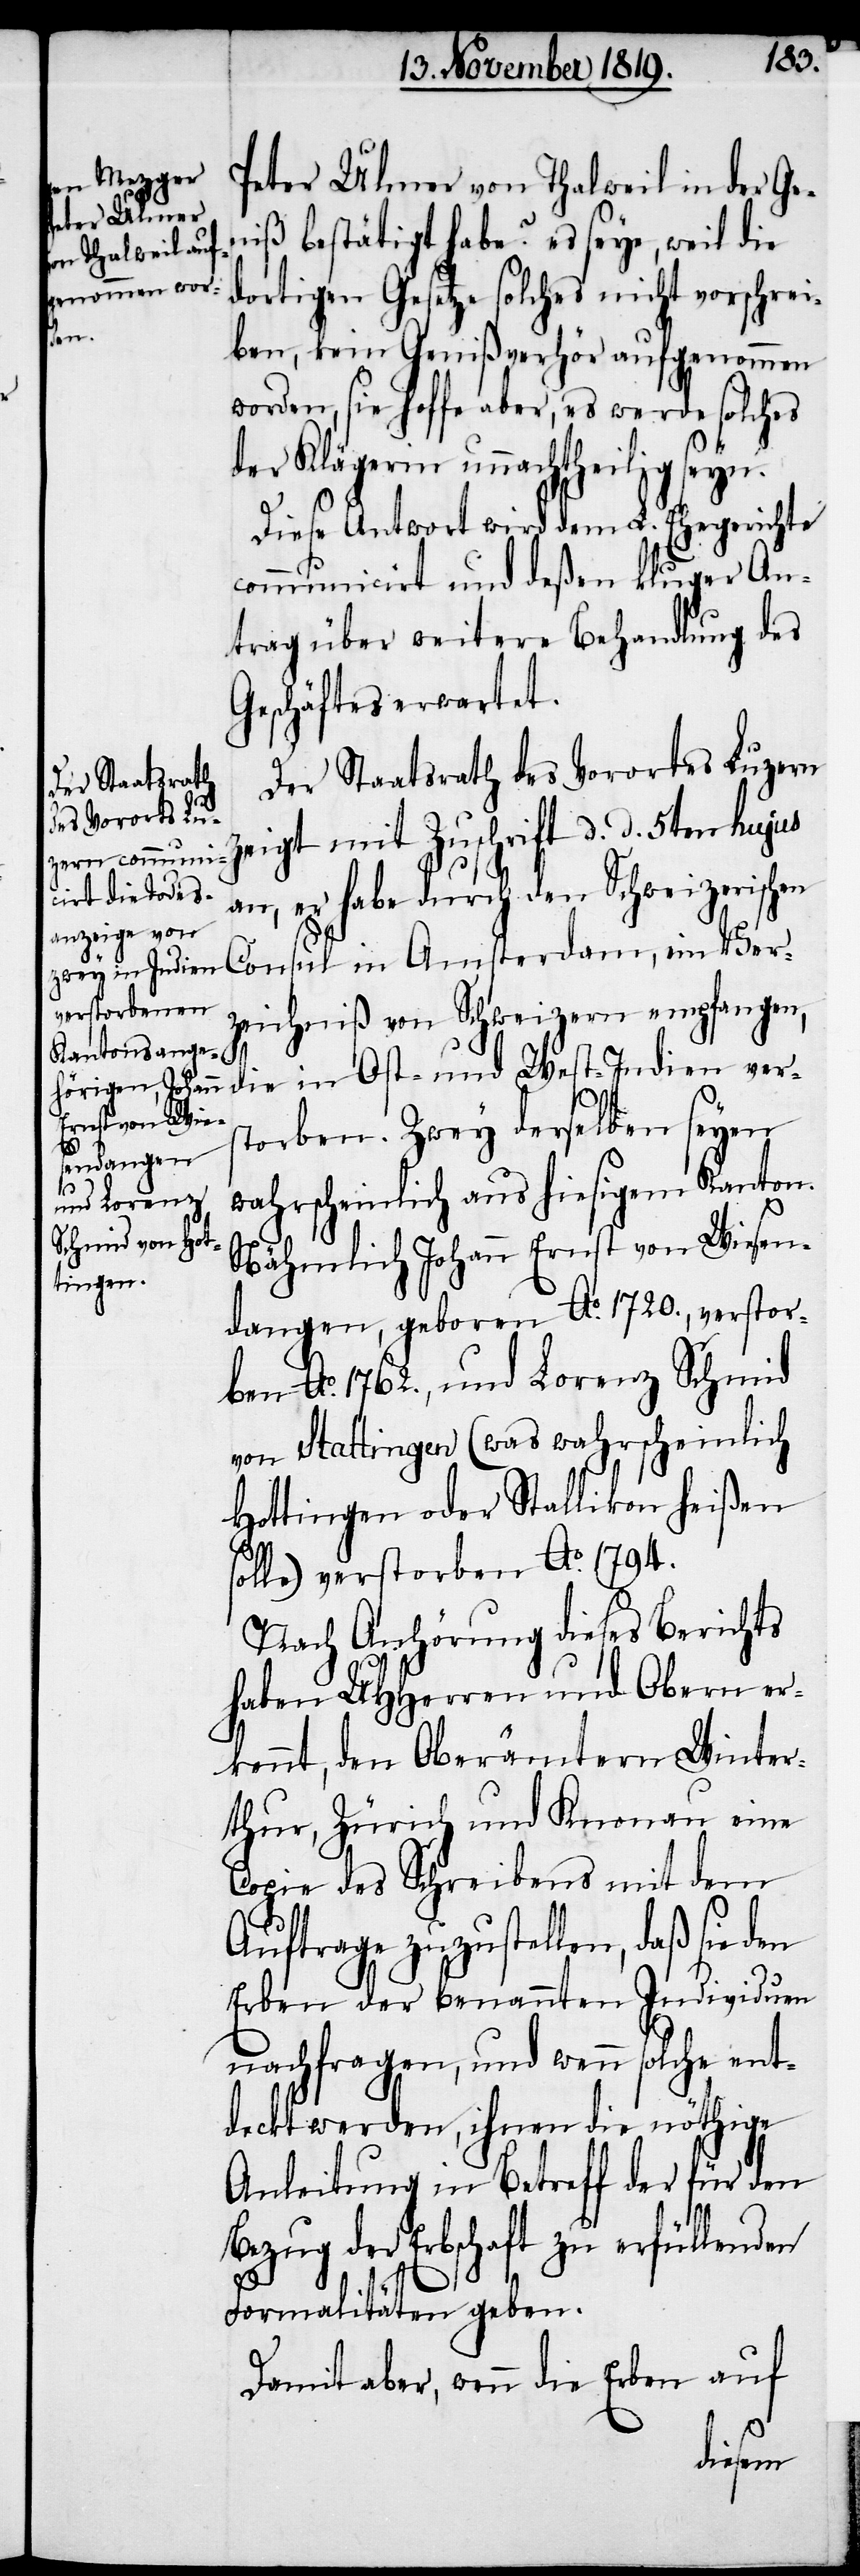
Peter Ulmer von Thalweil in der Ge¬
niß bestätigt habe? es seye, weil die
dortigen Gesetze solches nicht vorschrei¬
ben, kein Genißverhör aufgenommen
worden, sie hoffe aber, es werde solches
der Klägerin unnachtheilig seyn.
Diese Antwort wird dem L. Ehegerichte
communicirt und deßen kluger An¬
trag über weitere Behandlung des
Geschäftes erwartet.
Der Staatsrath des Vorortes Luzern
zeigt mit Zuschrift d. d. 5ten hujus
an, er habe durch den Schweizerischen
Consul in Amsterdam, ein Ver¬
zeichniß von Schweizern empfangen,
die in Ost- und West-Indien vers¬
torben. Zwey derselben seyen
wahrscheinlich aus hiesigem Kanton.
Nähmlich Johann Ernst von Wiesen¬
dangen, geboren Ao. 1720., verstor¬
ben Ao. 1762., und Lorenz Schmid
von Stattingen (was wahrscheinlich
Hottingen oder Stallikon heißen
solle) verstorben Ao. 1794.
Nach Anhörung dieses Berichts
haben UHHerren und Obern er¬
kennt, den Oberämtern Winter¬
thur, Zürich und Knonau eine
Copie des Schreibens mit dem
Auftrage zuzustellen, daß sie den
Erben der benannten Individuen
nachfragen, und wenn solche ent¬
deckt werden, ihnen die nöthige
Anleitung in Betreff der für den
Bezug der Erbschaft zu erfüllenden
Formalitäten geben.
Damit aber, wenn die Erben auf